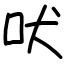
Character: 吠